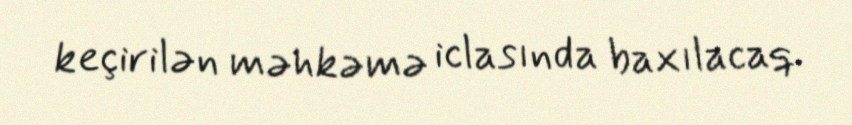
keçirilən məhkəmə iclasında baxılacaq.